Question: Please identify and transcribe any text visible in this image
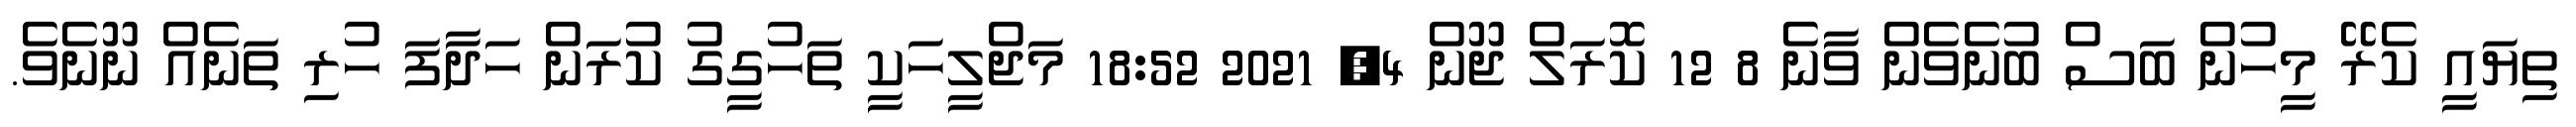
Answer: ތިޔައީ ކެރޭ މީހުން ބަސް ބުނެވެން ވާނެ 8 12 ކޮރަލް ޖޫން 4, 2021 18:52 މަޖްލީހަކީ ތަހުގީގު ކުރަން ހަދާފަ ހުރި ތަނެއް ނޫނެވެ.